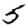
Digit: 5